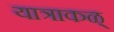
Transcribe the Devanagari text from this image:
यात्राकळ्